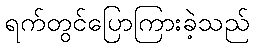
ရက်တွင်ပြောကြားခဲ့သည်